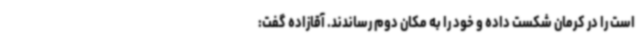
است را در کرمان شکست داده و خود را به مکان دوم رساندند. آقازاده گفت: